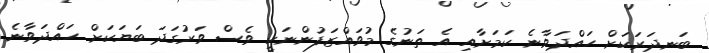
ބަނދަރަކަށް ހައްދަވާނެ ކަމަށާއި އެ ތަނުގެ މުވައްޒަފުންނަކީ ވެސް ވަރުގަދަ ބަޔަކަށް ހައްދަވާނެ